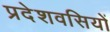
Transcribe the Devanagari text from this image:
प्रदेशवसियों